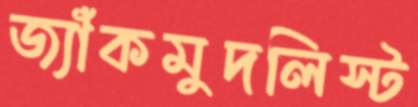
জ্যাঁকমুদলিস্ট